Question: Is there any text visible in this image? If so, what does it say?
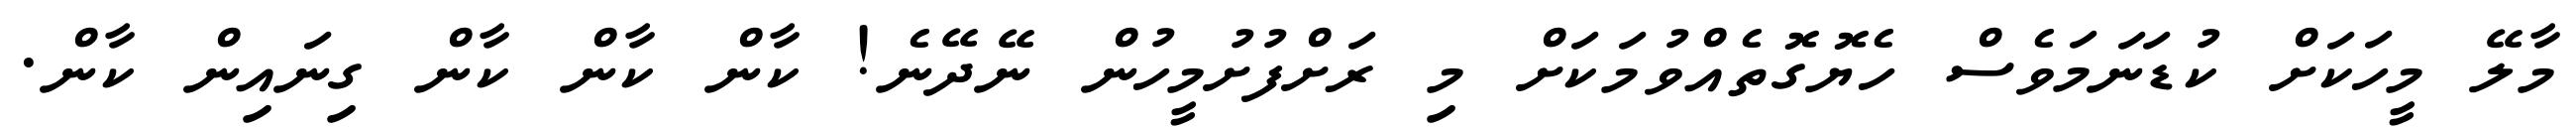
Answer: މާލޭ މީހަކަށް ކުޑަނަމަވެސް ހެޔޮގޮތެއްވުމަކަށް މި ރަށްފުށުމީހުން ނޭދޭނެ! ކާން ކާން ކާން ގިނައިން ކާން.